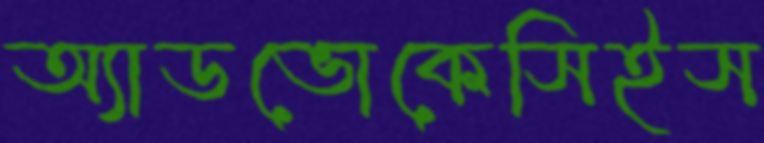
অ্যাডভোকেসিইস